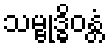
သမ္ဗုဒ္ဓိဝန္တံ